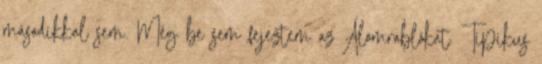
másodikkal sem. Még be sem fejeztem az Álomrablókat. Tipikus